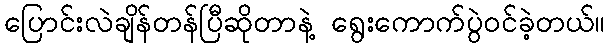
ပြောင်းလဲချိန်တန်ပြီဆိုတာနဲ့ ရွေးကောက်ပွဲဝင်ခဲ့တယ်။